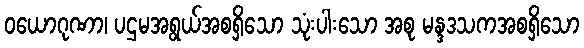
ဝယောဂုဏာ၊ ပဌမအရွယ်အစရှိသော သုံးပါးသော အစု မန္ဒဒသကအစရှိသော